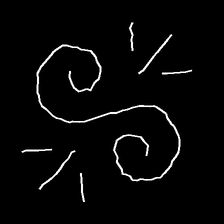
Glyph: wind-directs-air